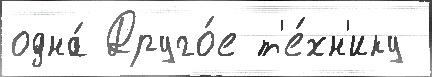
одна́ Друго́е т'е́хн'ику